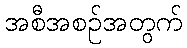
အစီအစဉ်အတွက်